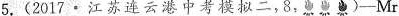
5.(2017·江苏连云港中考模拟二，8)—Mr